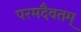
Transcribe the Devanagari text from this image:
परमदैवतम्